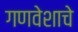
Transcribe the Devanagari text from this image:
गणवेशाचे